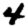
Digit: 4